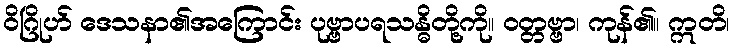
ဝိဂြိုဟ် ဒေသနာ၏အကြောင်း ပုဗ္ဗာပရသန္ဓိတို့ကို။ ဝတ္တဗ္ဗာ၊ ကုန်၏။ ဣတိ၊